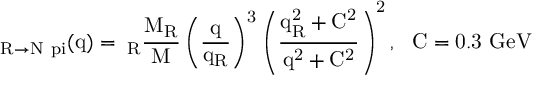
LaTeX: \mathrm { \Gamma _ { R \rightarrow N \ p i } ( q ) = \Gamma _ { R } \frac { M _ { R } } { M } \left( \frac { q } { q _ { R } } \right) ^ { 3 } \left( \frac { q _ { R } ^ { 2 } + C ^ { 2 } } { q ^ { 2 } + C ^ { 2 } } \right) ^ { 2 } , ~ ~ C = 0 . 3 ~ \mathrm { G e V } }